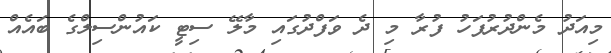
މިއަދު މެންދުރުފަހު ފުރާ މި ދެ ވަފްދުގައި މާލޭ ސިޓީ ކައުންސިލްގެ ބައެއް